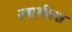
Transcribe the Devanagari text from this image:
स्वार्थवश